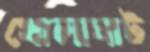
খোলাঘাট